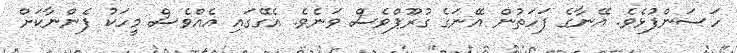
ހަސަންފުޅެވެ. އޭނާގެ ފަހަތުން އޭނަގެ ގުރޫޕްވެސް ވަނެވެ. އެގޭގައި އެއްވެސް މީހަކު ފެންނާކަށް